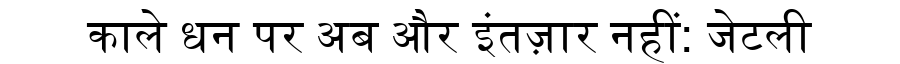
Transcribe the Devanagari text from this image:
काले धन पर अब और इंतज़ार नहीं: जेटली